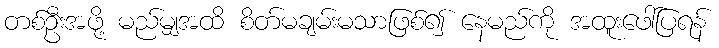
တစ်ဦးအဖို့ မည်မျှအထိ စိတ်မချမ်းမသာဖြစ်၍ နေမည်ကို အထူးဖေါ်ပြရန်